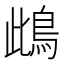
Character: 䳄